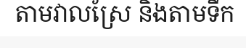
តាមវាលស្រែ និងតាមទឹក